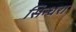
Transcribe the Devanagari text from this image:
सिन्धरा